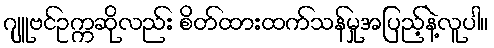
ဂျူဗင်ဥက္ကဆိုလည်း စိတ်ထားထက်သန်မှုအပြည့်နဲ့လူပါ။